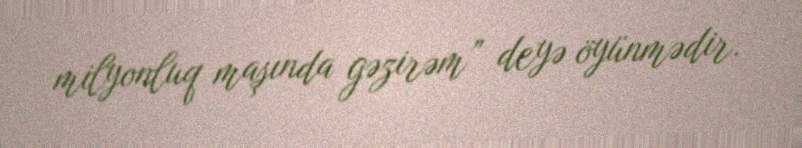
milyonluq maşında gəzirəm” deyə öyünmədir.